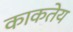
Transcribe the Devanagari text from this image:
काकतेय